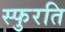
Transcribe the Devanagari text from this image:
स्फुरति